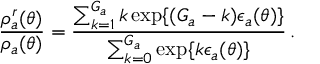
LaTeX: \frac { \rho _ { a } ^ { r } ( \theta ) } { \rho _ { a } ( \theta ) } = \frac { \sum _ { k = 1 } ^ { G _ { a } } k \exp \{ ( G _ { a } - k ) \epsilon _ { a } ( \theta ) \} } { \sum _ { k = 0 } ^ { G _ { a } } \exp \{ k \epsilon _ { a } ( \theta ) \} } \, .